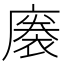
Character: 𢊭